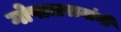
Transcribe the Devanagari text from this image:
गोपालरावांनी